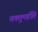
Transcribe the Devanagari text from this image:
वक्तुमर्हति